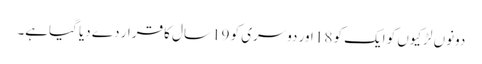
دونوں لڑکیوں کو ایک کو 18 اور دوسری کو 19 سال کا قرار دے دیا گیاہے۔